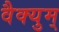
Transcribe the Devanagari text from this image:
वैक्युम्